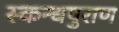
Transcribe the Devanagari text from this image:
स्कन्धपुराण